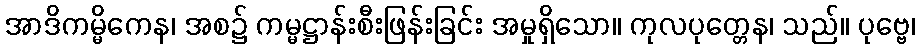
အာဒိကမ္မိကေန၊ အစ၌ ကမ္မဋ္ဌာန်းစီးဖြန်းခြင်း အမှုရှိသော။ ကုလပုတ္တေန၊ သည်။ ပုဗ္ဗေ၊